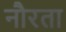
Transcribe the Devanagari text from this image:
नौरता